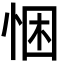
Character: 悃